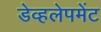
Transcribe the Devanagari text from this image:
डेव्हलेपमेंट